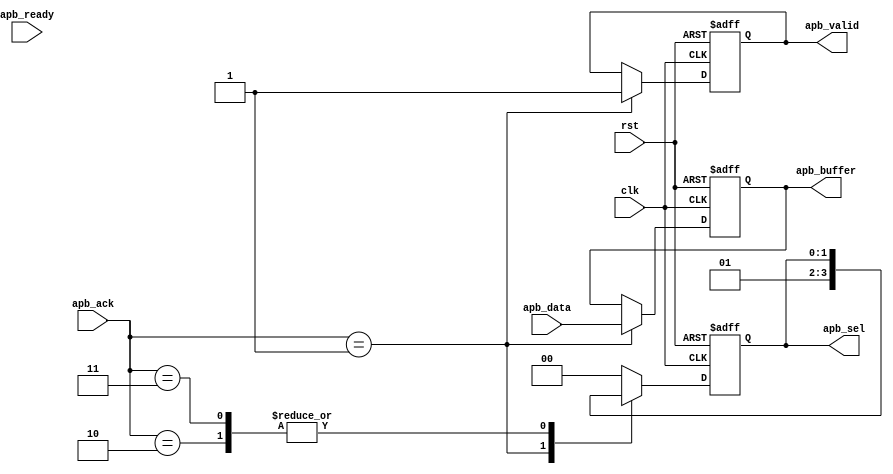
module APB_Controller (
    input wire clk,
    input wire rst,
    input wire [7:0] apb_data,
    input wire apb_ready,
    input wire [2:0] apb_ack,
    output reg [1:0] apb_sel,
    output reg [7:0] apb_buffer,
    output reg apb_valid
);

// Clock domain crossing synchronization
always @(posedge clk or posedge rst) begin
    if (rst) begin
        // Reset values
        apb_sel <= 2'b00;
        apb_buffer <= 8'b00000000;
        apb_valid <= 0;
    end else begin
        // Synchronization logic
        case (apb_ack)
            3'b000: begin
                apb_sel <= 2'b00;
            end
            3'b001: begin
                apb_sel <= 2'b01;
                apb_buffer <= apb_data;
                apb_valid <= 1;
            end
            3'b010: begin
                // Error detection and correction logic
                // Add your error detection and correction code here
            end
            3'b011: begin
                // Additional timing control logic
                // Add your additional timing control code here
            end
            default: begin
                // Default case
                apb_sel <= 2'b00;
            end
        endcase
    end
end

endmodule